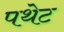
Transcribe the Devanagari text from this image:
पथेट